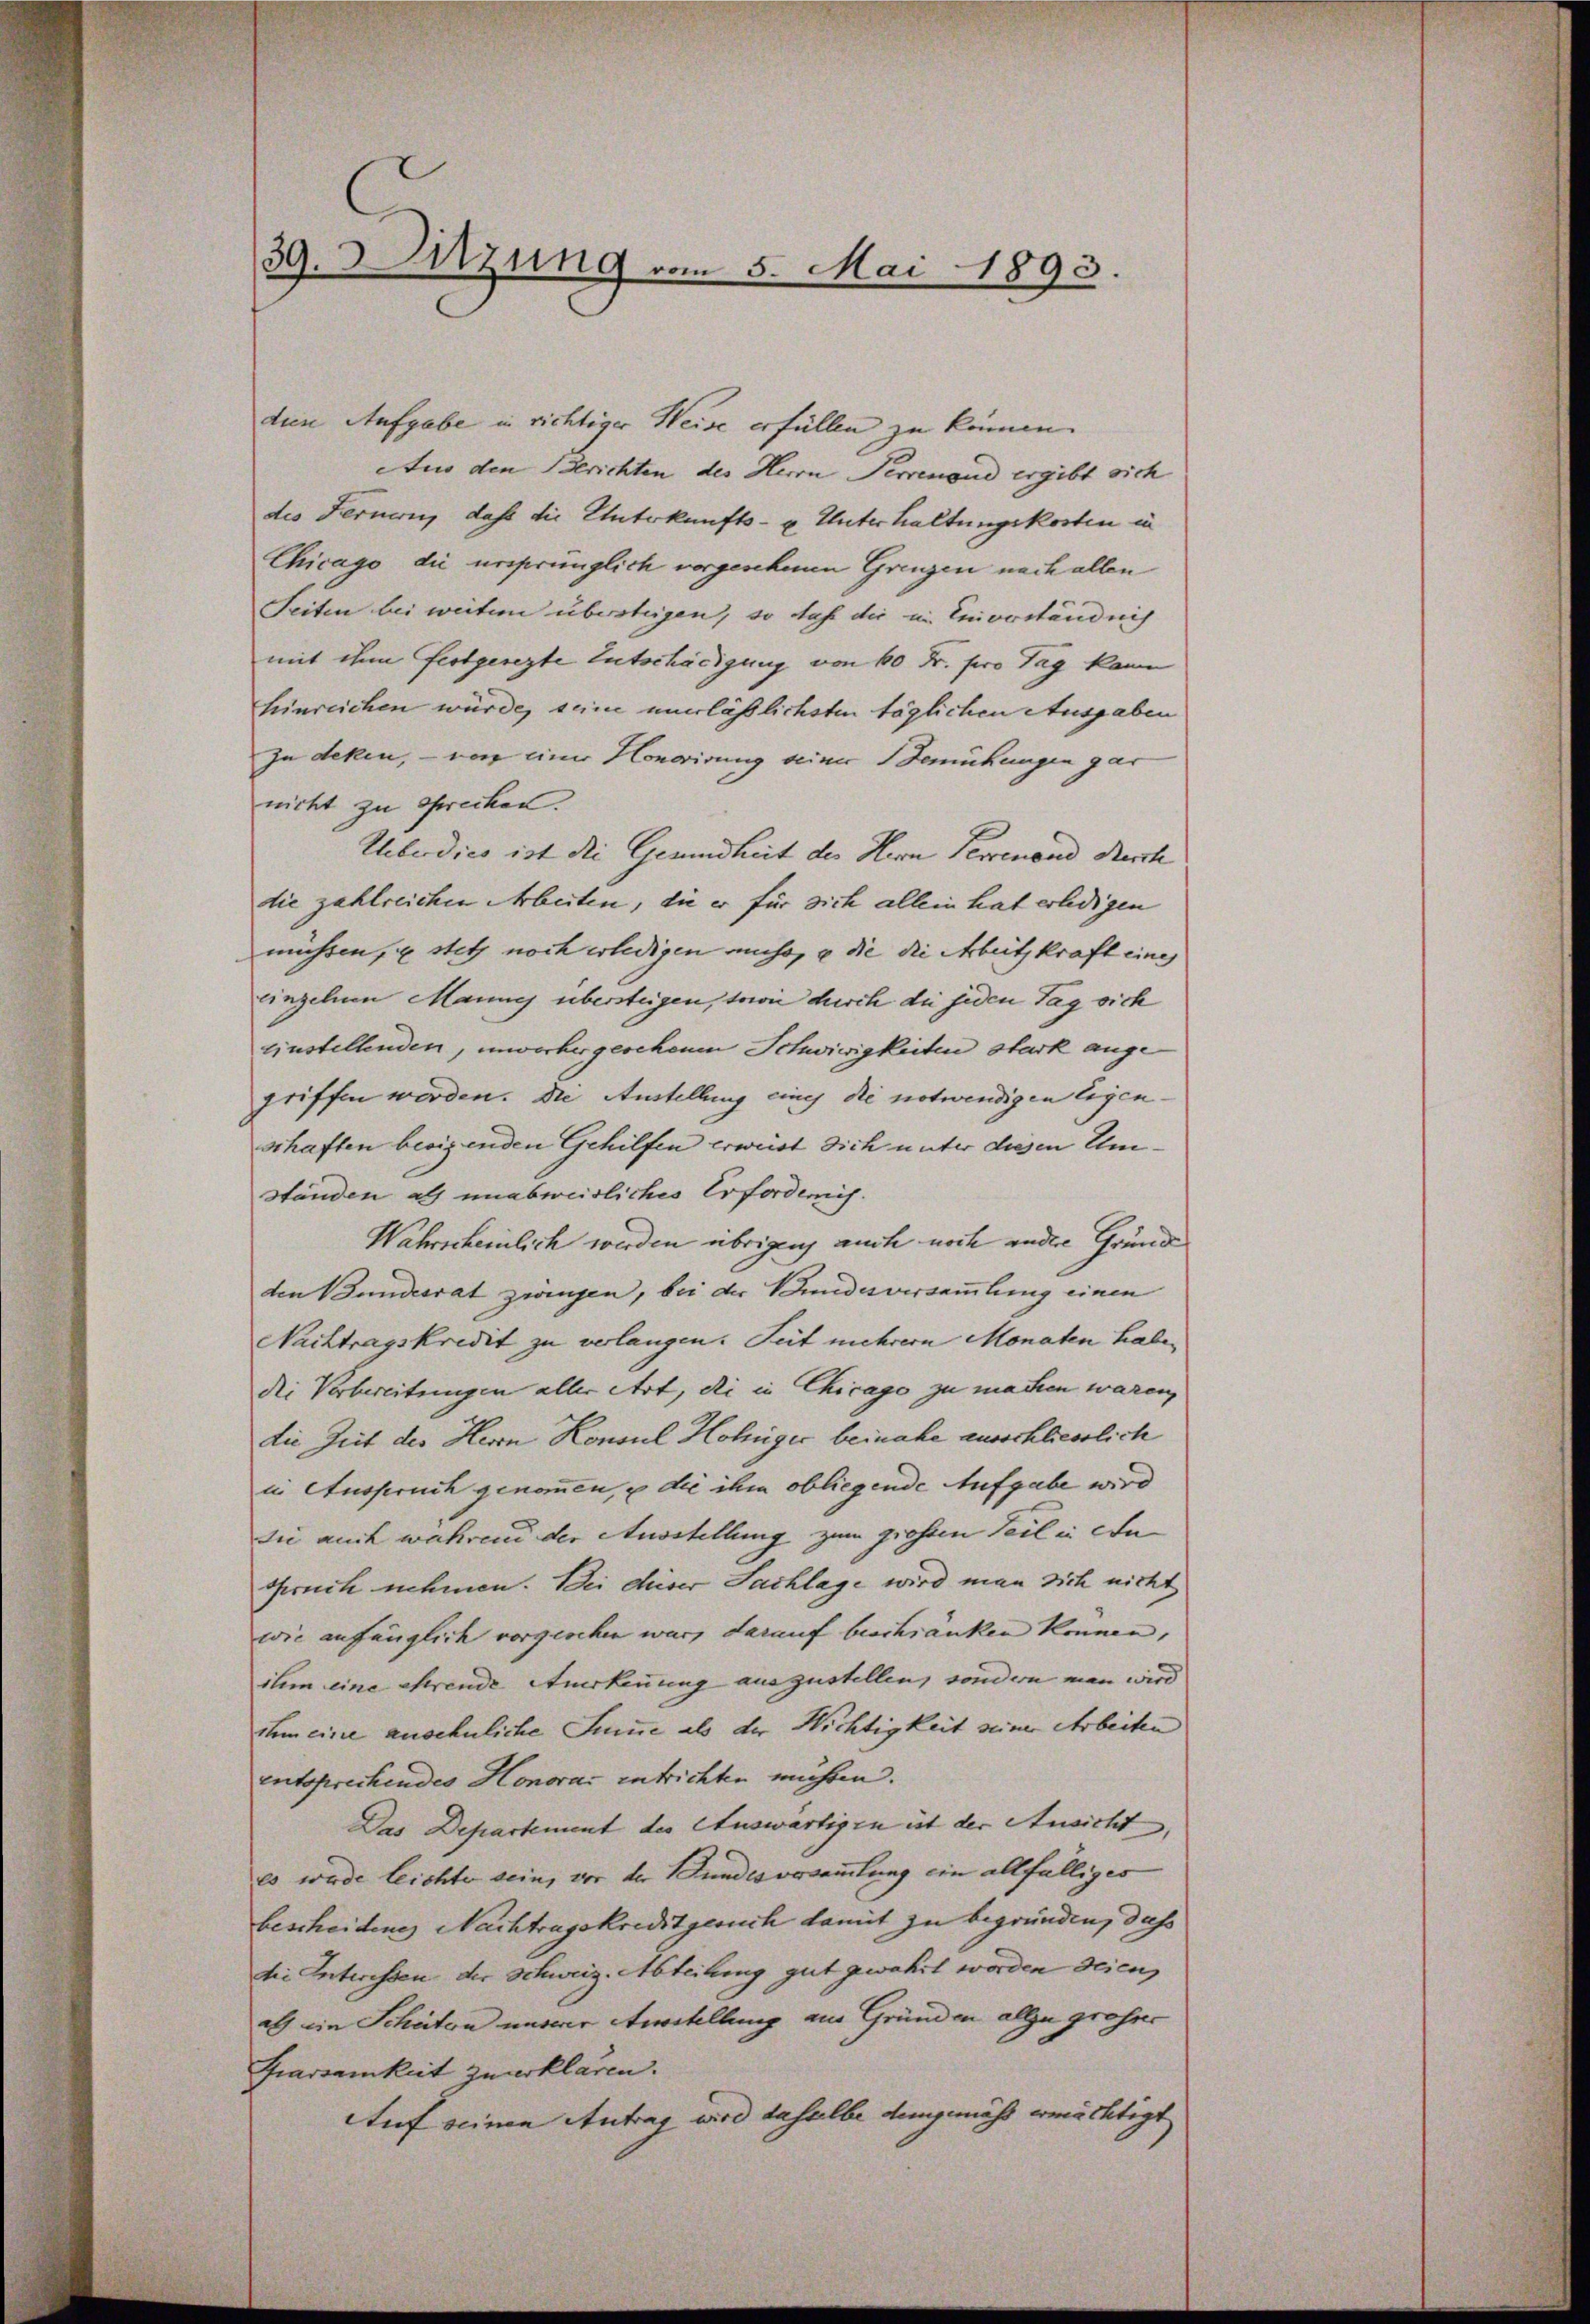
39. Sitzung vom 5. Mai 1893.

den Aufgabe in richtiger Weise erfüllen zu können.
Aus den Berichten des Herrn Perrenoud ergibt sich
des Fernern, dass die Unterkunfts- u. Unterhaltungskosten in
Chicago die ursprünglich vorgesehenen Grenzen nach allen
Seiten bei weiter übersteigen, so daß die im Einverständnis
mit ihm festgesezte Entschädigung von 60 Fr. pro Tag kann
hinreichen würde, seine unerläßlichsten täglichen Ausgaben
zu deken, – von einer Honorirung seiner Bemühungen gar
nicht zu sprechen.
Ueberdies ist die Gesundheit der Hern Perrenand Rech
die zahlreichen Arbeiten, die er für dich allein hat erledigen
müssen, u stets noch erledigen muss, u die die Arbeit kraft eines
einzelnen Mannes übersteigen, sowie durch die jeden Tag sich
einstellenden, unwerbergesehenen Schwiwigkeiten stark angegriffen worden. Die Austellung eines die notwendigen legenschaften beeigenden Gehilfen erweist dich unter diesen Umständen als unabweisliches Erforden.
Wahrscheinlich werden übrigen auch noch andere Grund
den Bundesrat zwingen, bei der Bundesversammlung einen
Nachtragskredit zu verlangen. Seit mehrern Monaten haben
die Verbereitungen aller Art, die in Chicago zu machen waren,
die Zeit des Herrn Konsul Höhniger beinahe ausschliesslich
in Anspruch genommen, u die ihm obliegende Aufgabe wird
Sie auch während der Ausstellung zum grossen Teil in An
Spruch nehmen. Bei diser Sachlage wird man dich nicht
wie anfänglich vorgeschen war, darauf beschränken können,
ihm eine ehrende Anerkennung auszustellen, sondern man wird
ihm eine ansehnliche Summe als der Nichtigkeit seiner Arbeiten
entsprechendes Honorar entrichten mehren.
Das Departement des Auswärtigen ist der Ansicht
es wurde leichte sein, vor der Bundesorsammlung ein allfälliges
bescheidene Nachtragskreditgerich damit zu begründen, das
die Interessen der Schweiz. Abteilung gut gewahrt worden seien
als ein Schaten unserer Anstellung am Gründen allzu grosser
Fiarsamkeit zuerklären.
Auf seinen Antrag wird daselbe demgemäss ermächtigt